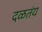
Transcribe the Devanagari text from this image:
दळतंय